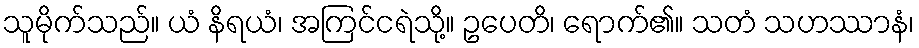
သူမိုက်သည်။ ယံ နိရယံ၊ အကြင်ငရဲသို့။ ဥပေတိ၊ ရောက်၏။ သတံ သဟဿာနံ၊